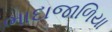
ભાદાજાળિયા